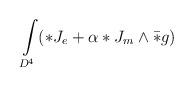
LaTeX: \begin{align*}\int\limits_{D^4}(*J_e+\alpha *J_m\wedge \bar{*}g)\end{align*}